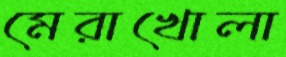
মেরাখোলা